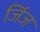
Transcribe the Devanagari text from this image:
जिंज